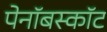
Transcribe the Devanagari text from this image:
पेनॉबस्कॉट